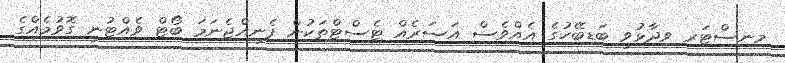
މިނިސްޓަރ ވިދާޅުވީ ބަޑިބޭހުގެ އެއްވެސް އަސަރެއް ޓެސްޓްތަކުން ފެނިއްޖެނަމަ ބޯޓް ވެއްޓުނީ ގޮވުމެއްގެ